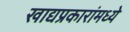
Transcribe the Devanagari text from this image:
खाद्यप्रकारांमध्ये